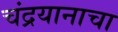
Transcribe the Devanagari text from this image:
चंद्रयानाचा